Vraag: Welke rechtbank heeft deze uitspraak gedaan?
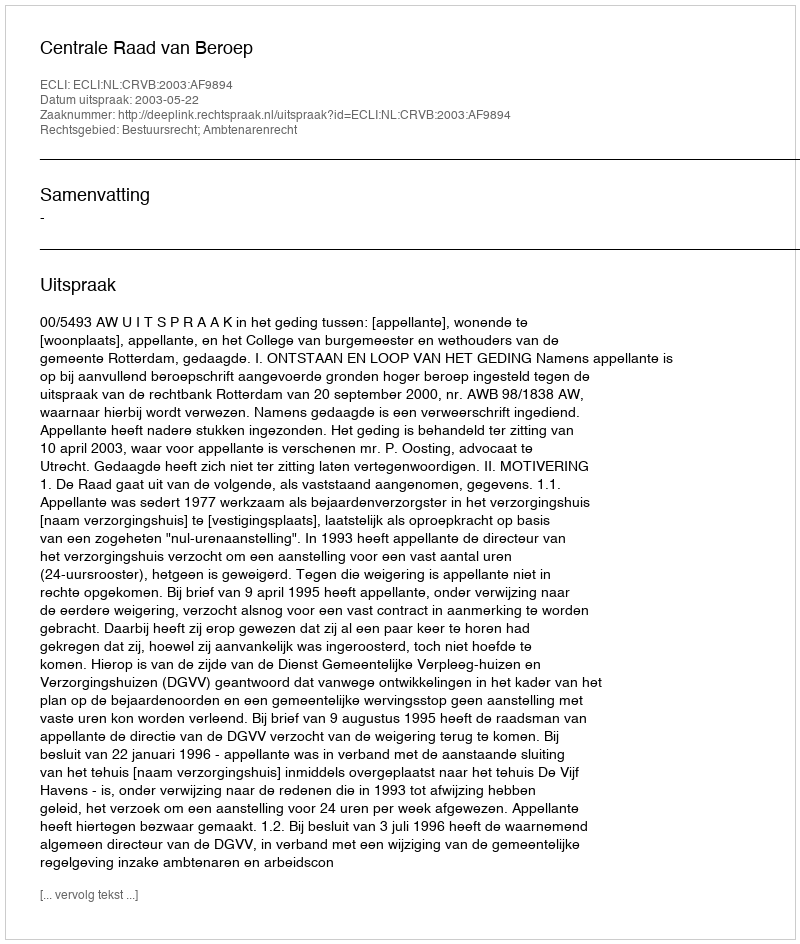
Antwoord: Centrale Raad van Beroep